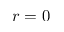
r = 0